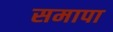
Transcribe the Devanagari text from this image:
समापा